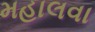
મહાલવા